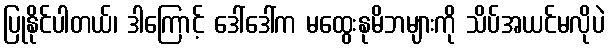
ပြုနိုင်ပါတယ်၊ ဒါကြောင့် ဒေါ်ဒေါ်က မထွေးနုမိဘများကို သိပ်အယင်မလိုပဲ